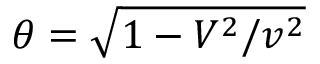
\theta = \sqrt { 1 - V ^ { 2 } / v ^ { 2 } }